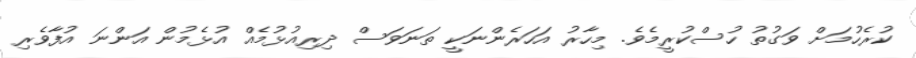
ކުރެހުމަށް ވަގުތު ހުސްކުރީމެވެ. މިހާރު އަހަރެންނަކީ ތަނަވަސް ދިރިއުޅުމެއް އުޅެމުން އަންނަ އުފާވެރި